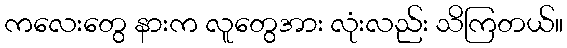
ကလေးတွေ နားက လူတွေအား လုံးလည်း သိကြတယ်။